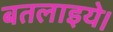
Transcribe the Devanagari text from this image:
बतलाइये।